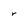
Character: r